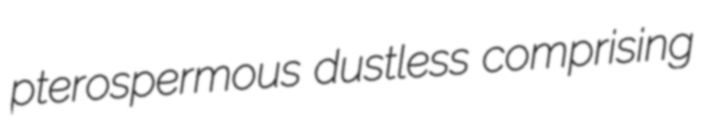
pterospermous dustless comprising